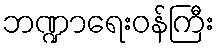
ဘဏ္ဍာရေးဝန်ကြီး